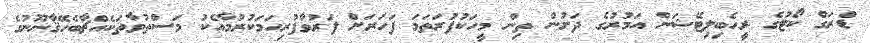
ޑްރަގް ކޯޓުގެ ރީހެބިލިޓޭޝަން އަމުރުގެ ދަށުން ތިން މީހަކުފުރަތަމަ ފަހަރަށް ފަރުވާފުރިހަމަކުރުމާއެކު މަސްތުވާތަކެއްޗާބެހޭޤާނޫނުގެ